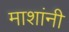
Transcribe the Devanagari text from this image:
माशांनी